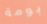
بومة